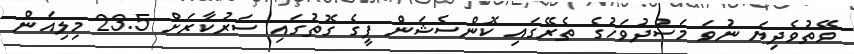
ވޭތުވެދިޔަ ނުވަ މަސްދުވަހުގެ ތެރޭގައި ކޮންސެޝަން ފީގެ ގޮތުގައި ސަރުކާރަށް 23.5 މިލިއަން